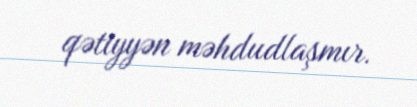
qətiyyən məhdudlaşmır.